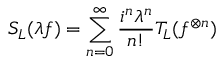
S _ { \cal L } ( \lambda f ) = \sum _ { n = 0 } ^ { \infty } \frac { i ^ { n } \lambda ^ { n } } { n ! } T _ { \cal L } ( f ^ { \otimes n } )